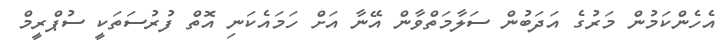
އެހެންކަމުން މަރުގެ އަދަބުން ސަލާމަތްވާން އޭނާ އަށް ހަމައެކަނި އޮތް ފުރުސަތަކީ ސުޕްރީމް